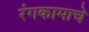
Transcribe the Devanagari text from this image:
रंगकामाचे